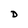
Character: D